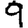
Digit: 9